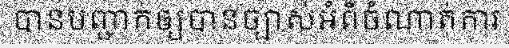
បានបញ្ជាក់ឲ្យបានច្បាស់អំពីចំណាត់ការ